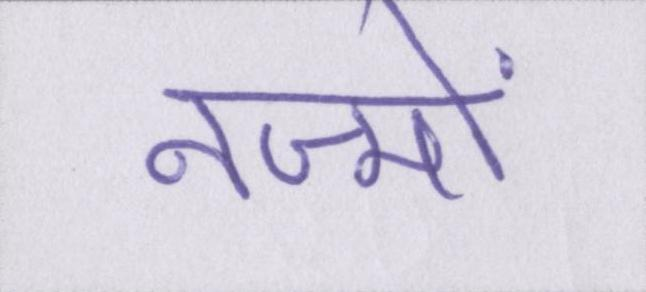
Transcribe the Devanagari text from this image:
नज्मों